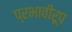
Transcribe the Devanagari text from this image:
प्रभावीरूप